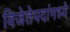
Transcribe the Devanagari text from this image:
विजेतेपदांमध्ये